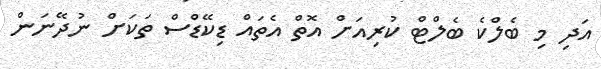
އަދި މި ބެލްކެ ބެލްޓް ކުރިއަށް އޮތް އެތައް ޑިކޭޑްސް ތަކަށް ނުދޭނަން